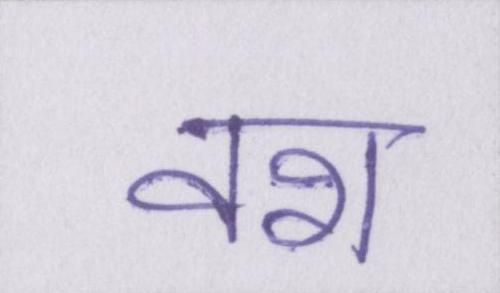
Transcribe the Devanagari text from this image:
वश